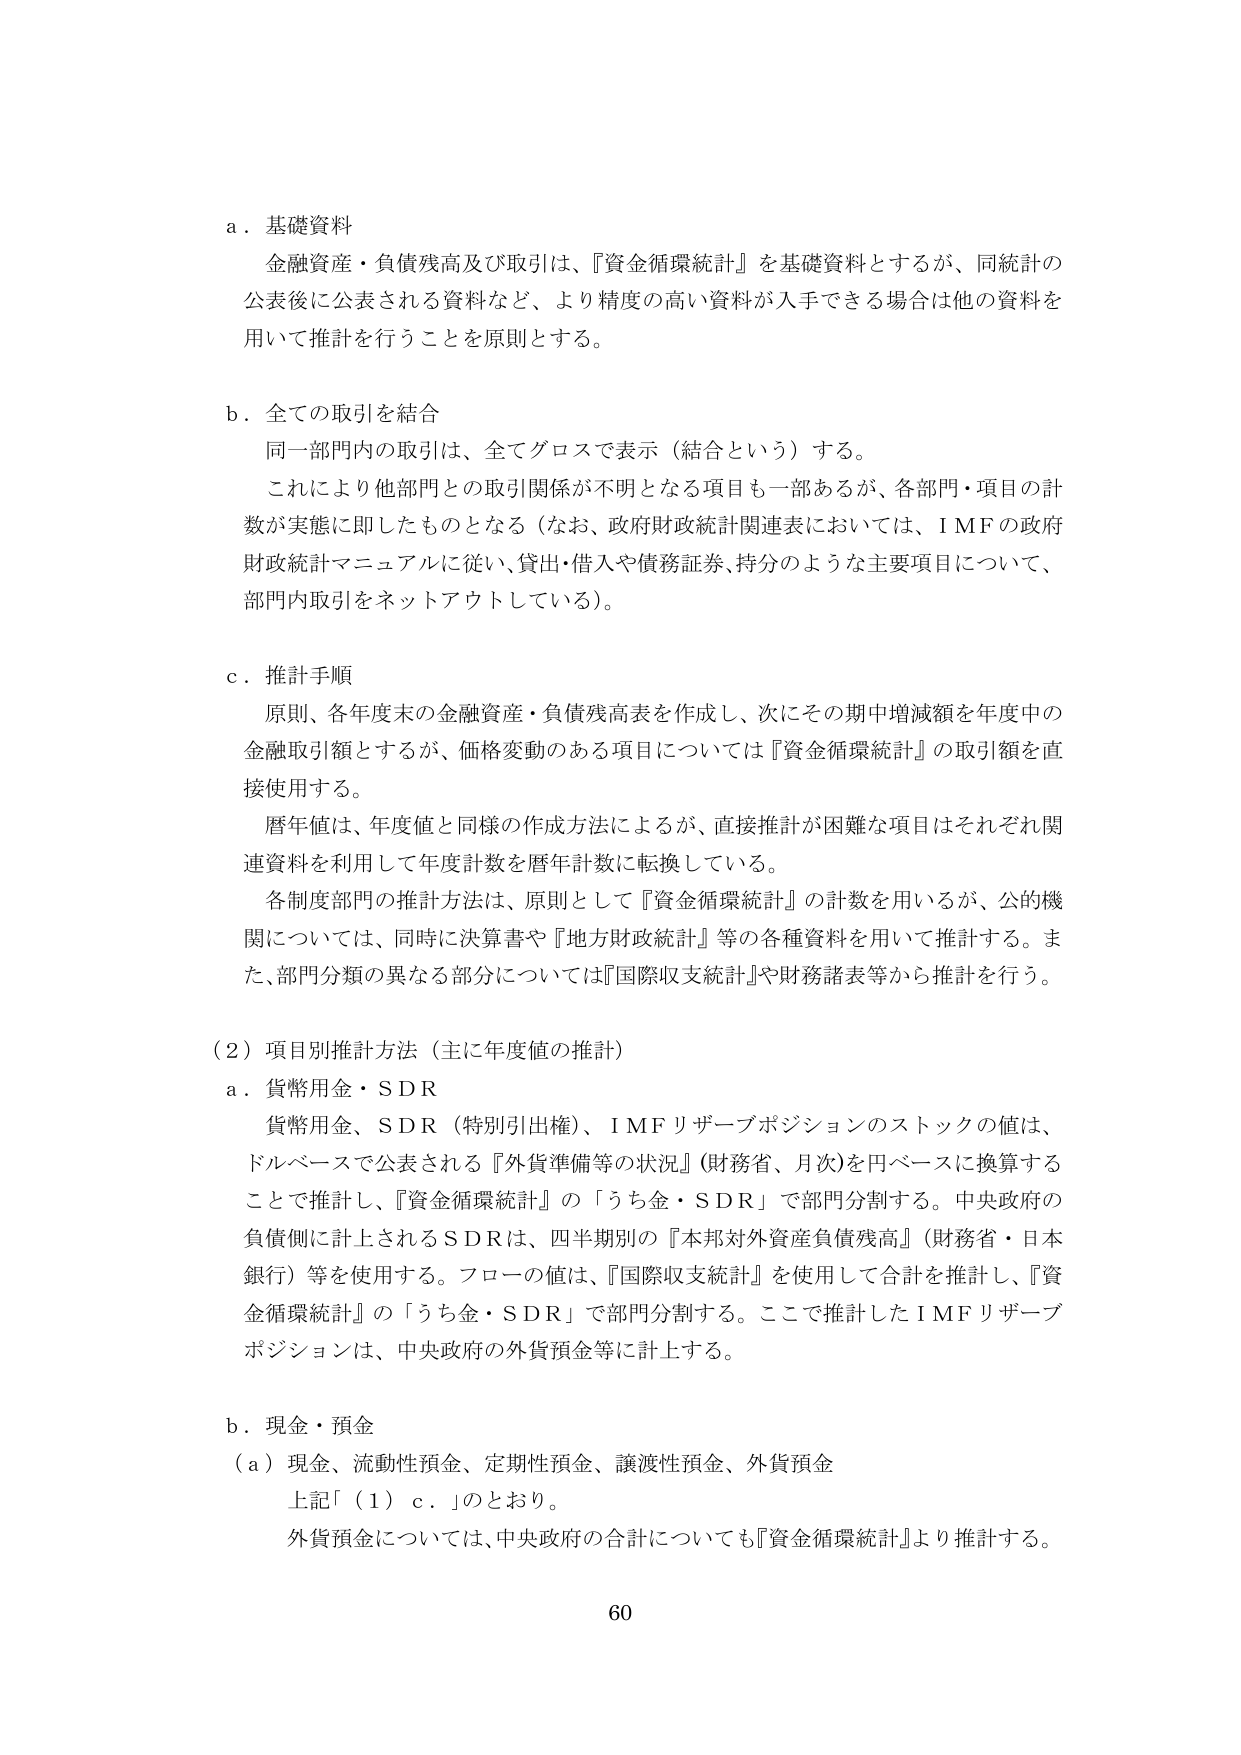
a．基礎資料
金融資産・負債残高及び取引は、『資金循環統計』を基礎資料とするが、同統計の公表後に公表される資料など、より精度の高い資料が入手できる場合は他の資料を用いて推計を行うことを原則とする。

b．全ての取引を結合
同一部門内の取引は、全てグロスで表示（結合という）する。
これにより他部門との取引関係が不明となる項目も一部あるが、各部門・項目の計数が実態に即したものとなる（なお、政府財政統計関連表においては、ＩＭＦの政府財政統計マニュアルに従い、貸出・借入や債務証券、持分のような主要項目について、部門内取引をネットアウトしている）。

c．推計手順
原則、各年度末の金融資産・負債残高表を作成し、次にその期中増減額を年度中の金融取引額とするが、価格変動のある項目については『資金循環統計』の取引額を直接使用する。
暦年値は、年度値と同様の作成方法によるが、直接推計が困難な項目はそれぞれ関連資料を利用して年度計数を暦年計数に転換している。
各制度部門の推計方法は、原則として『資金循環統計』の計数を用いるが、公的機関については、同時に決算書や『地方財政統計』等の各種資料を用いて推計する。また、部門分類の異なる部分については『国際収支統計』や財務諸表等から推計を行う。

（2）項目別推計方法（主に年度値の推計）
a．貨幣用金・ＳＤＲ
貨幣用金、ＳＤＲ（特別引出権）、ＩＭＦリザーブポジションのストックの値は、ドルベースで公表される『外貨準備等の状況』（財務省、月次）を円ベースに換算することで推計し、『資金循環統計』の「うち金・ＳＤＲ」で部門分割する。中央政府の負債側に計上されるＳＤＲは、四半期別の『本邦対外資産負債残高』（財務省・日本銀行）等を使用する。フローの値は、『国際収支統計』を使用して合計を推計し、『資金循環統計』の「うち金・ＳＤＲ」で部門分割する。ここで推計したＩＭＦリザーブポジションは、中央政府の外貨預金等に計上する。

b．現金・預金
（a）現金、流動性預金、定期性預金、譲渡性預金、外貨預金
上記「（1）ｃ．」のとおり。
外貨預金については、中央政府の合計についても『資金循環統計』より推計する。

60